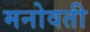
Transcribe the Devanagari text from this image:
मनोवती